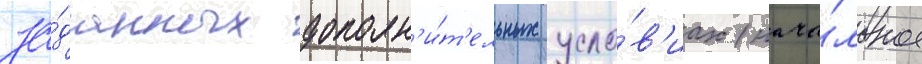
за́данных дополн'и́т'ельных усло́в'иах (нача́льное